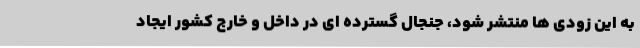
به این زودی ها منتشر شود، جنجال گسترده ای در داخل و خارج کشور ایجاد